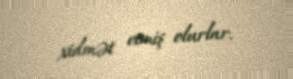
xidmət etmiş olurlar.